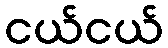
ငယ်ငယ်